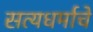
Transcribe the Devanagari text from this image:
सत्यधर्माचे